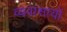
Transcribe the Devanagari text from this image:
व्यवासायों